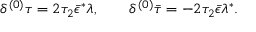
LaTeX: { \delta ^ { ( 0 ) } \tau = 2 \tau _ { 2 } \bar { \epsilon } ^ { * } \lambda , \qquad \delta ^ { ( 0 ) } \bar { \tau } = - 2 \tau _ { 2 } \bar { \epsilon } \lambda ^ { * } . }